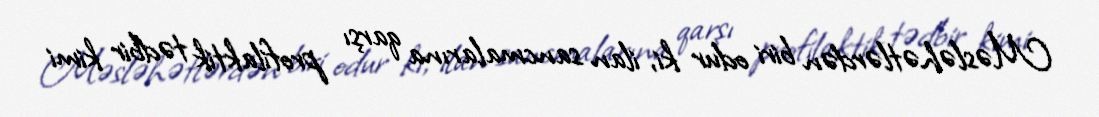
Məsləhətlərdən biri odur ki, ilan sancmalarına qarşı profilaktik tədbir kimi